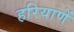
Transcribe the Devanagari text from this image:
हरियाणें